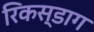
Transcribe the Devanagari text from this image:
रिकस्डाग